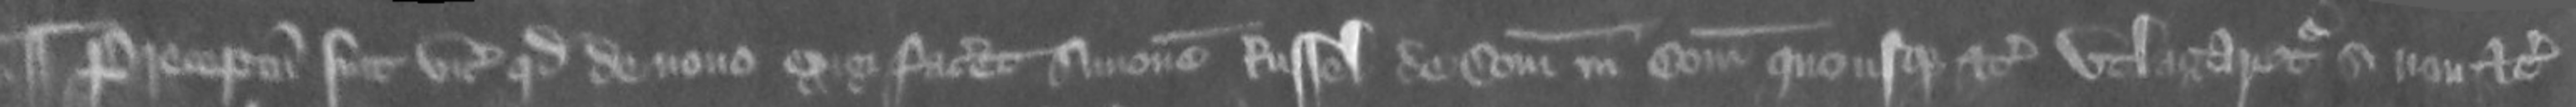
¶ Preceptum fuit vicecomiti quod de nono exigi faciet Simonem Russel de Comitatu in Comitatum quo usque etc utlagaretur si non etc